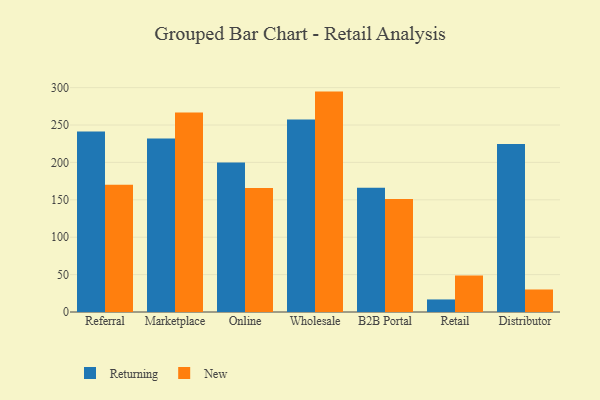
{"axis": {"x": "Channel", "y": "Gross Profit (USD K)"}, "legend": ["New", "Returning"], "data": [{"x": "Referral", "y": 241.4, "type": "Returning"}, {"x": "Referral", "y": 170.3, "type": "New"}, {"x": "Marketplace", "y": 232.1, "type": "Returning"}, {"x": "Marketplace", "y": 266.6, "type": "New"}, {"x": "Online", "y": 199.9, "type": "Returning"}, {"x": "Online", "y": 165.8, "type": "New"}, {"x": "Wholesale", "y": 257.5, "type": "Returning"}, {"x": "Wholesale", "y": 294.7, "type": "New"}, {"x": "B2B Portal", "y": 166.2, "type": "Returning"}, {"x": "B2B Portal", "y": 151.1, "type": "New"}, {"x": "Retail", "y": 16.8, "type": "Returning"}, {"x": "Retail", "y": 48.7, "type": "New"}, {"x": "Distributor", "y": 224.5, "type": "Returning"}, {"x": "Distributor", "y": 30.1, "type": "New"}]}